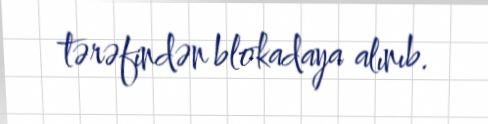
tərəfindən blokadaya alınıb.